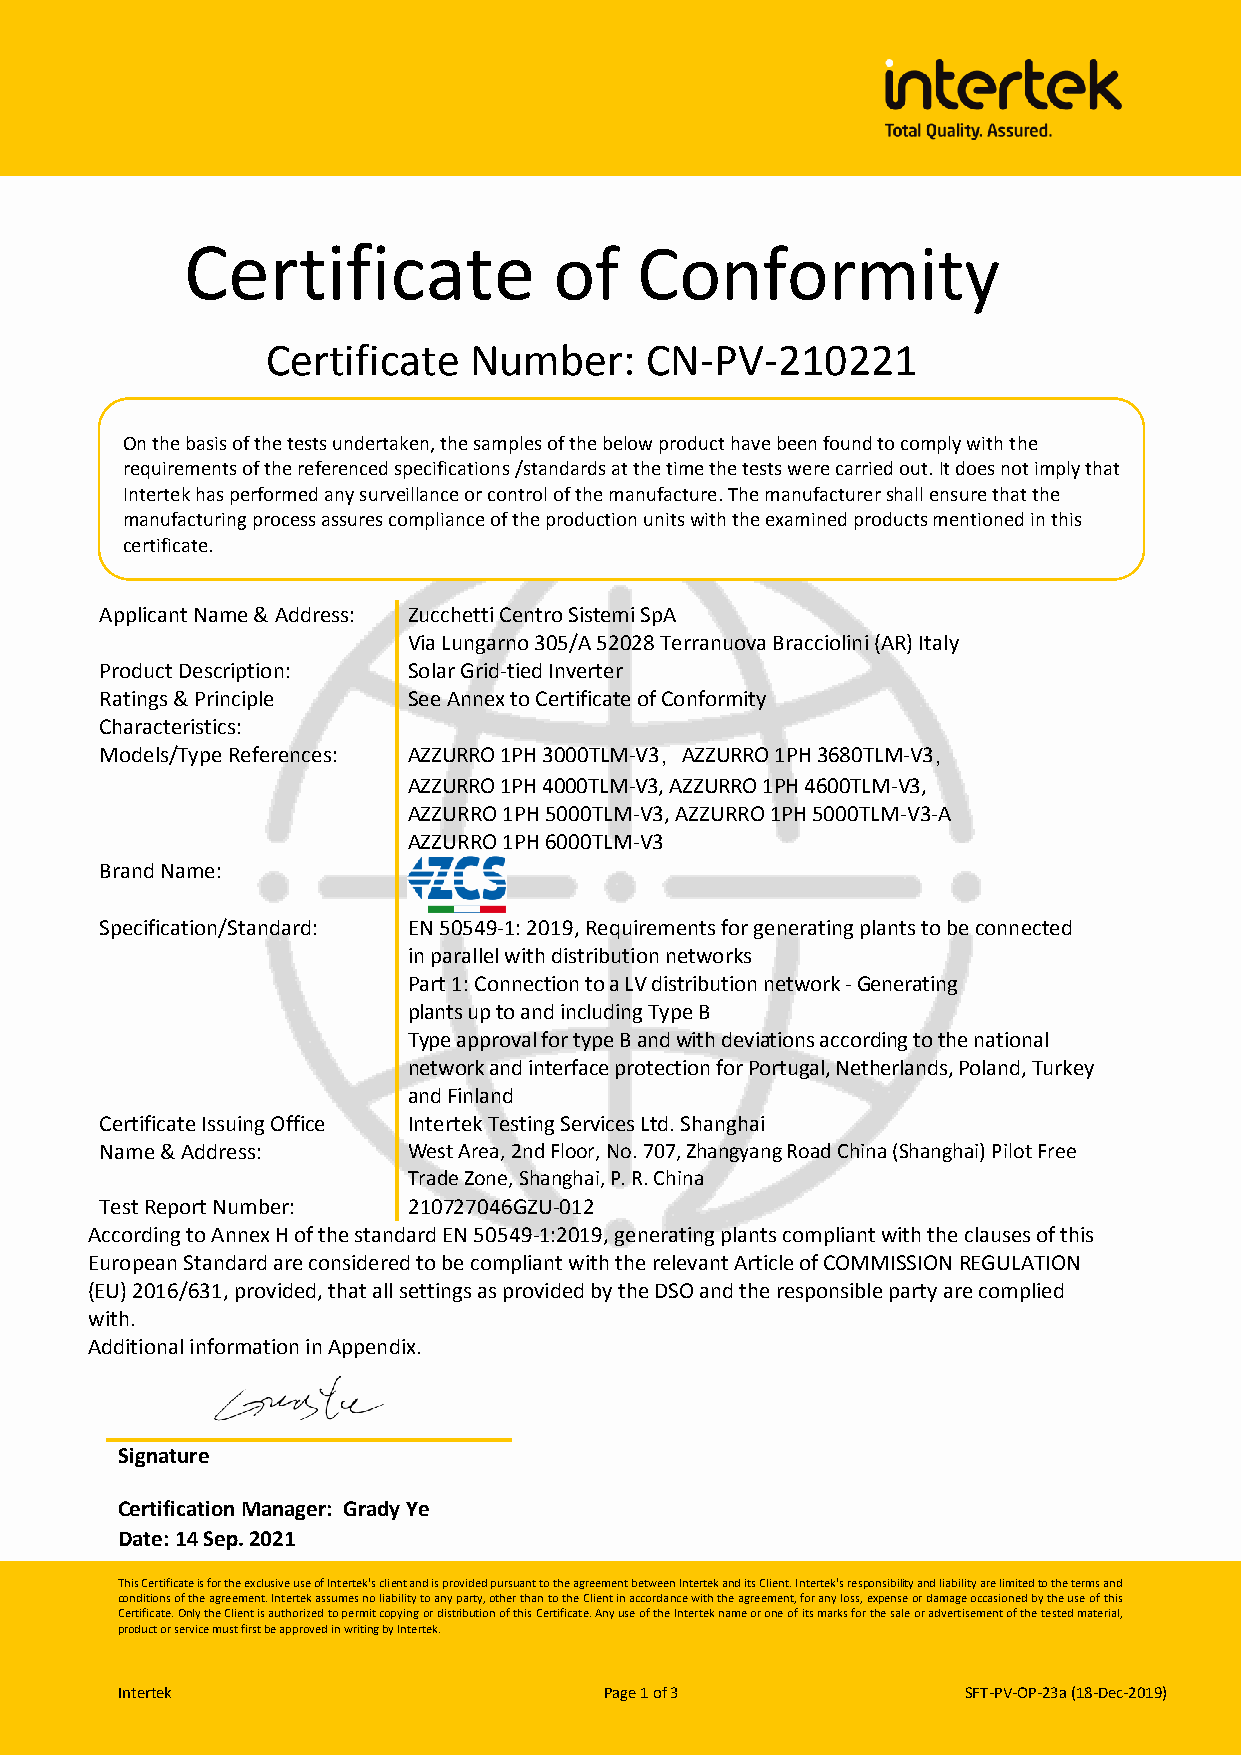
Certificate              of   Conformity
 Certificate  Number:     CN-PV-210221
 On the basis of the tests undertaken, the samples of the below product have been found to comply with the
 requirements of the referenced specifications /standards at the time the tests were carried out. It does not imply that
 Intertek has performed any surveillance or control of the manufacture. The manufacturer shall ensure that the
 manufacturing process assures compliance of the production units with the examined products mentioned in this
 certificate.
 Applicant Name & Address: Zucchetti Centro Sistemi SpA
 Via Lungarno 305/A 52028 Terranuova Bracciolini (AR) Italy
 Product Description: Solar Grid-tied Inverter
 Ratings & Principle See Annex to Certificate of Conformity
 Characteristics:
 Models/Type References: AZZURRO 1PH 3000TLM-V3，AZZURRO 1PH 3680TLM-V3，
 AZZURRO 1PH 4000TLM-V3, AZZURRO 1PH 4600TLM-V3,
 AZZURRO 1PH 5000TLM-V3, AZZURRO 1PH 5000TLM-V3-A
 AZZURRO 1PH 6000TLM-V3
 Brand Name:
 Specification/Standard: EN 50549-1: 2019, Requirements for generating plants to be connected
 in parallel with distribution networks
 Part 1: Connection to a LV distribution network - Generating
 plants up to and including Type B
 Type approval for type B and with deviations according to the national
 network and interface protection for Portugal, Netherlands, Poland, Turkey
 and Finland
 Certificate Issuing Office Intertek Testing Services Ltd. Shanghai
 Name & Address:     West Area, 2nd Floor, No. 707, Zhangyang Road China (Shanghai) Pilot Free
 Trade Zone, Shanghai, P. R. China
 Test Report Number: 210727046GZU-012
 According to Annex H of the standard EN 50549-1:2019, generating plants compliant with the clauses of this
 European Standard are considered to be compliant with the relevant Article of COMMISSION REGULATION
 (EU) 2016/631, provided, that all settings as provided by the DSO and the responsible party are complied
 with.
 Additional information in Appendix.
 Signature
 Certification Manager: Grady Ye
 Date: 14 Sep. 2021
 T his Certificate is for the exclusive use of Intertek's client and is provided pursuant to the agreement between Intertek and its Client. Intertek's responsibility and liability are limited to the terms and
 conditions of the agreement. Intertek assumes no liability to any party, other than to the Client in accordance with the agreement, for any loss, expense or damage occasioned by the use of this
 C ertificate. Only the Client is authorized to permit copying or distribution of this Certificate. Any use of the Intertek name or one of its marks for the sale or advertisement of the tested material,
 product or service must first be approved in writing by Intertek.
 Intertek                        Page 1 of 3             SFT-PV-OP-23a (18-Dec-2019)